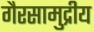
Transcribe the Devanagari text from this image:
गैरसामुद्रीय